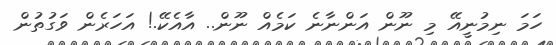
ހަމަ ނިމުނީއޭ މި ނޫން އަންނާނެ ކަމެއް ނޫން.. އާއެކޭ.! އަހަރެން ވަގުތުން